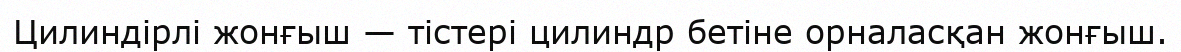
Цилиндірлі жонғыш — тістері цилиндр бетіне орналасқан жонғыш.